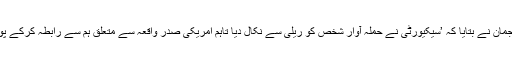
بی بی سی کی ترجمان نے بتایا کہ ’سیکیورٹی نے حملہ آوار شخص کو ریلی سے نکال دیا تاہم امریکی صدر واقعہ سے متعلق ہم سے رابطہ کرکے پوچھ سکتے تھے‘۔